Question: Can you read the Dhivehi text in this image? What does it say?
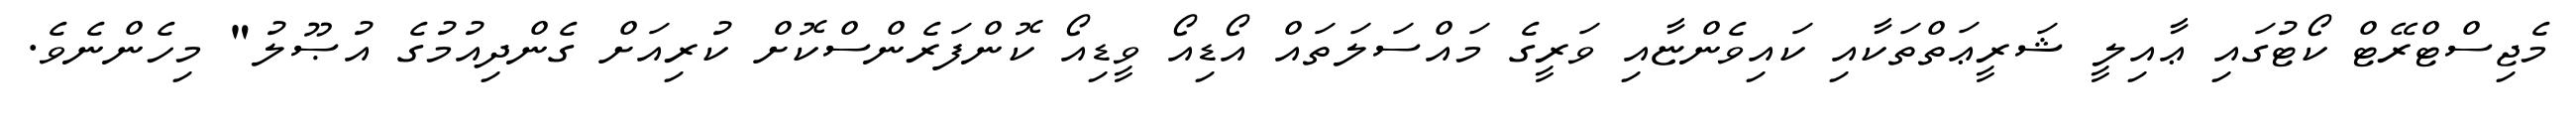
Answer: މެޖިސްޓްރޭޓް ކޯޓުގައި ޢާއިލީ ޝަރީޢަތްތަކާއި ކައިވެންޏާއި ވަރީގެ މައްސަލަތައް އޯޑިއޯ ވީޑިއޯ ކޮންފަރެންސްކޮށް ކުރިއަށް ގެންދިއުމުގެ އުޞޫލު" މިހެންނެވެ.